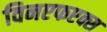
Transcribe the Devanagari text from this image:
विनएफएक्स